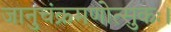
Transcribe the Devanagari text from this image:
जानुचंक्रमणोत्सुकः।